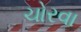
ચોરવા